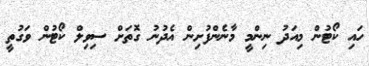
ހައި ކޯޓުން މިއަދު ނިންމީ މާނެންފުށިން އެދުނު ގޮތަށް ސިވިލް ކޯޓުން ވަގުތީ